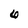
Character: 6